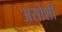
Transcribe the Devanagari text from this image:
असोशी